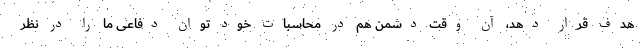
هدف قرار دهد، آن وقت دشمن هم در محاسبات خود توان دفاعی ما را در نظر